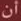
أن